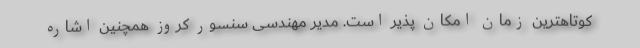
کوتاهترین زمان امکان پذیر است. مدیر مهندسی سنسور کروز همچنین اشاره